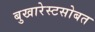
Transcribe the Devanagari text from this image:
बुखारेस्टसोबत